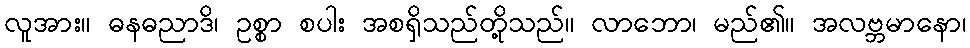
လူအား။ ဓနဓညာဒိ၊ ဥစ္စာ စပါး အစရှိသည်တို့သည်။ လာဘော၊ မည်၏။ အလဗ္ဘမာနော၊